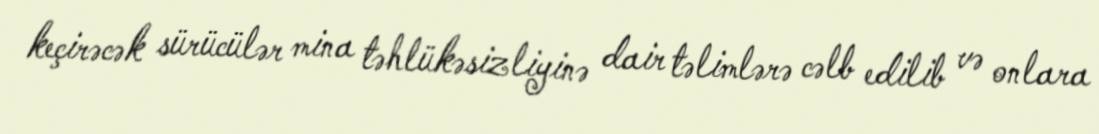
keçirəcək sürücülər mina təhlükəsizliyinə dair təlimlərə cəlb edilib və onlara